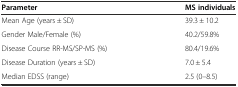
| Parameter | MS individuals |
 | --- | --- |
 | Mean Age (years ± SD) | 39.3 ± 10.2 |
 | Gender Male/Female (%) | 40.2/59.8% |
 | Disease Course RR-MS/SP-MS (%) | 80.4/19.6% |
 | Disease Duration (years ± SD) | 7.0 ± 5.4 |
 | Median EDSS (range) | 2.5 (0–8.5) |